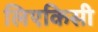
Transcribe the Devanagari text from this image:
लिएकिसी